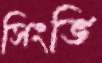
সিংভি